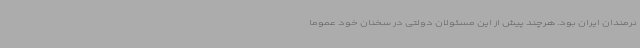
نرمندان ایران بود. هرچند پیش از این مسئولان دولتی در سخنان خود عموما